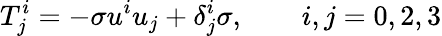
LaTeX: T_{j}^{i}=-\sigma u^{i}u_{j}+\delta_{j}^{i}\sigma,\qquad i,j=0,2,3